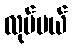
လုပ်မယ်